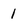
Character: 1